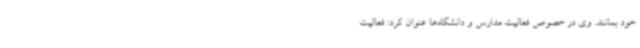
خود بمانند. وی در خصوص فعالیت مدارس و دانشگاه‌ها عنوان کرد: فعالیت